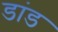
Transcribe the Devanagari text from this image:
डांड